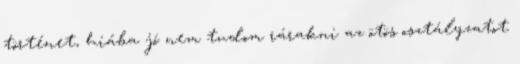
történet, hiába jó nem tudom rárakni az ötös osztályzatot